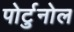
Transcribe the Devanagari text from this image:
पोर्टुनोल